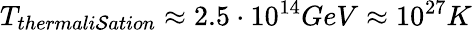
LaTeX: T_{thermali\mathcal{S}ation}\approx2.5\cdot10^{14}GeV\approx10^{27}K